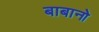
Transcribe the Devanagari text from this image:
बाबानो